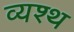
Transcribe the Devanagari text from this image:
व्यश्थ